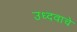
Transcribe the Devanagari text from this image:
उध्दवाचे